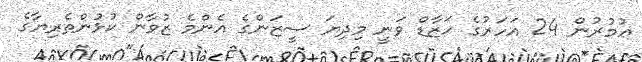
ޢުމުރުން 24 އަހަރުގެ ހަޒާޑް ވަނީ މިދިޔަ ސީޒަންގެ އެންމެ ޒުވާން ކުޅުންތެރިޔާގެ